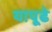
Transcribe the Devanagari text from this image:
यापूढे